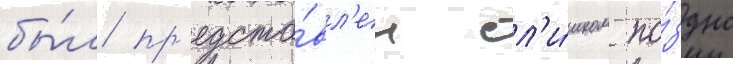
бы́л пр'едста́вл'ен сл'и́шком по́здно